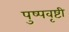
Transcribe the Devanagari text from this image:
पुष्पवृष्टी